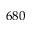
6 8 0